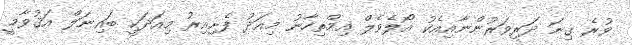
ވުރެ ގިނަ ދަރިވަރުންނާއިއެކު އޯލެވެލް އިމްތިހާނު މިއަދު ފެށިއިރު މިއަދަކީ ބައިނަލް އަޤުވާމީ